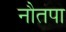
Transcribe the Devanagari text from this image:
नौतपा